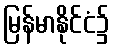
မြန်မာနိုင်ငံ၌